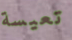
تعيسة